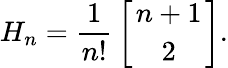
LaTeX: H_{n}={\frac{1}{n!}}\left[{n+1\atop 2}\right].